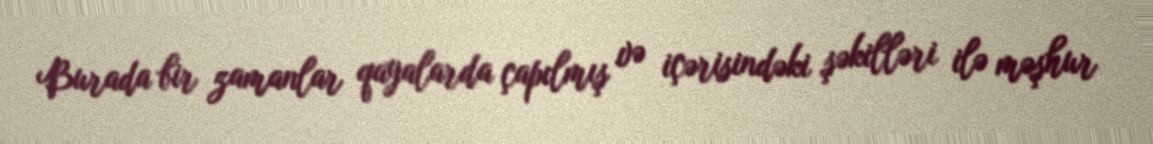
Burada bir zamanlar qayalarda çapılmış və içərisindəki şəkilləri ilə məşhur